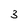
Character: 3